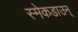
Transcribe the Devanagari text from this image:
स्मेकडाउन्